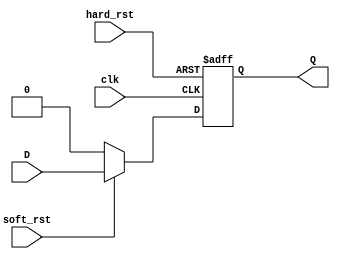
module hard_sort_reset (
    input wire hard_rst, soft_rst, clk, D,
    output reg Q
);

always @(posedge clk or negedge hard_rst) begin
    if (!hard_rst) begin
        Q <= 0;
    end else if(!soft_rst) begin
        Q <= 0;
    end else
        Q <= D;
end

endmodule

/*module hard_sort_reset_tb();



endmodule*/